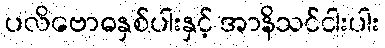
ပလိဗောဓနှစ်ပါးနှင့် အာနိသင်ငါးပါး